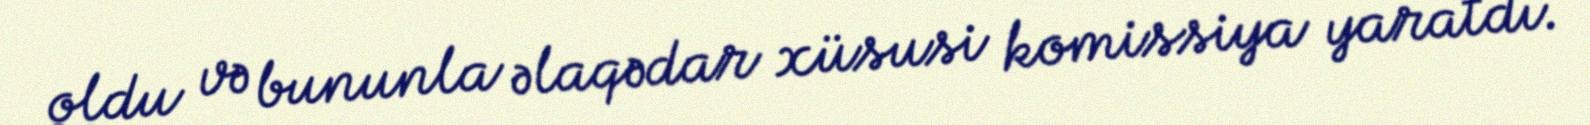
oldu və bununla əlaqədar xüsusi komissiya yaratdı.